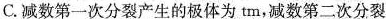
C.减数第一次分裂产生的极体为tm，减数第二次分裂